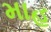
માહ